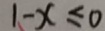
1 - x \leq 0